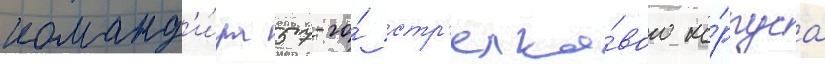
команд'и́ра 57-го́ стр'елко́вого ко́рпуса